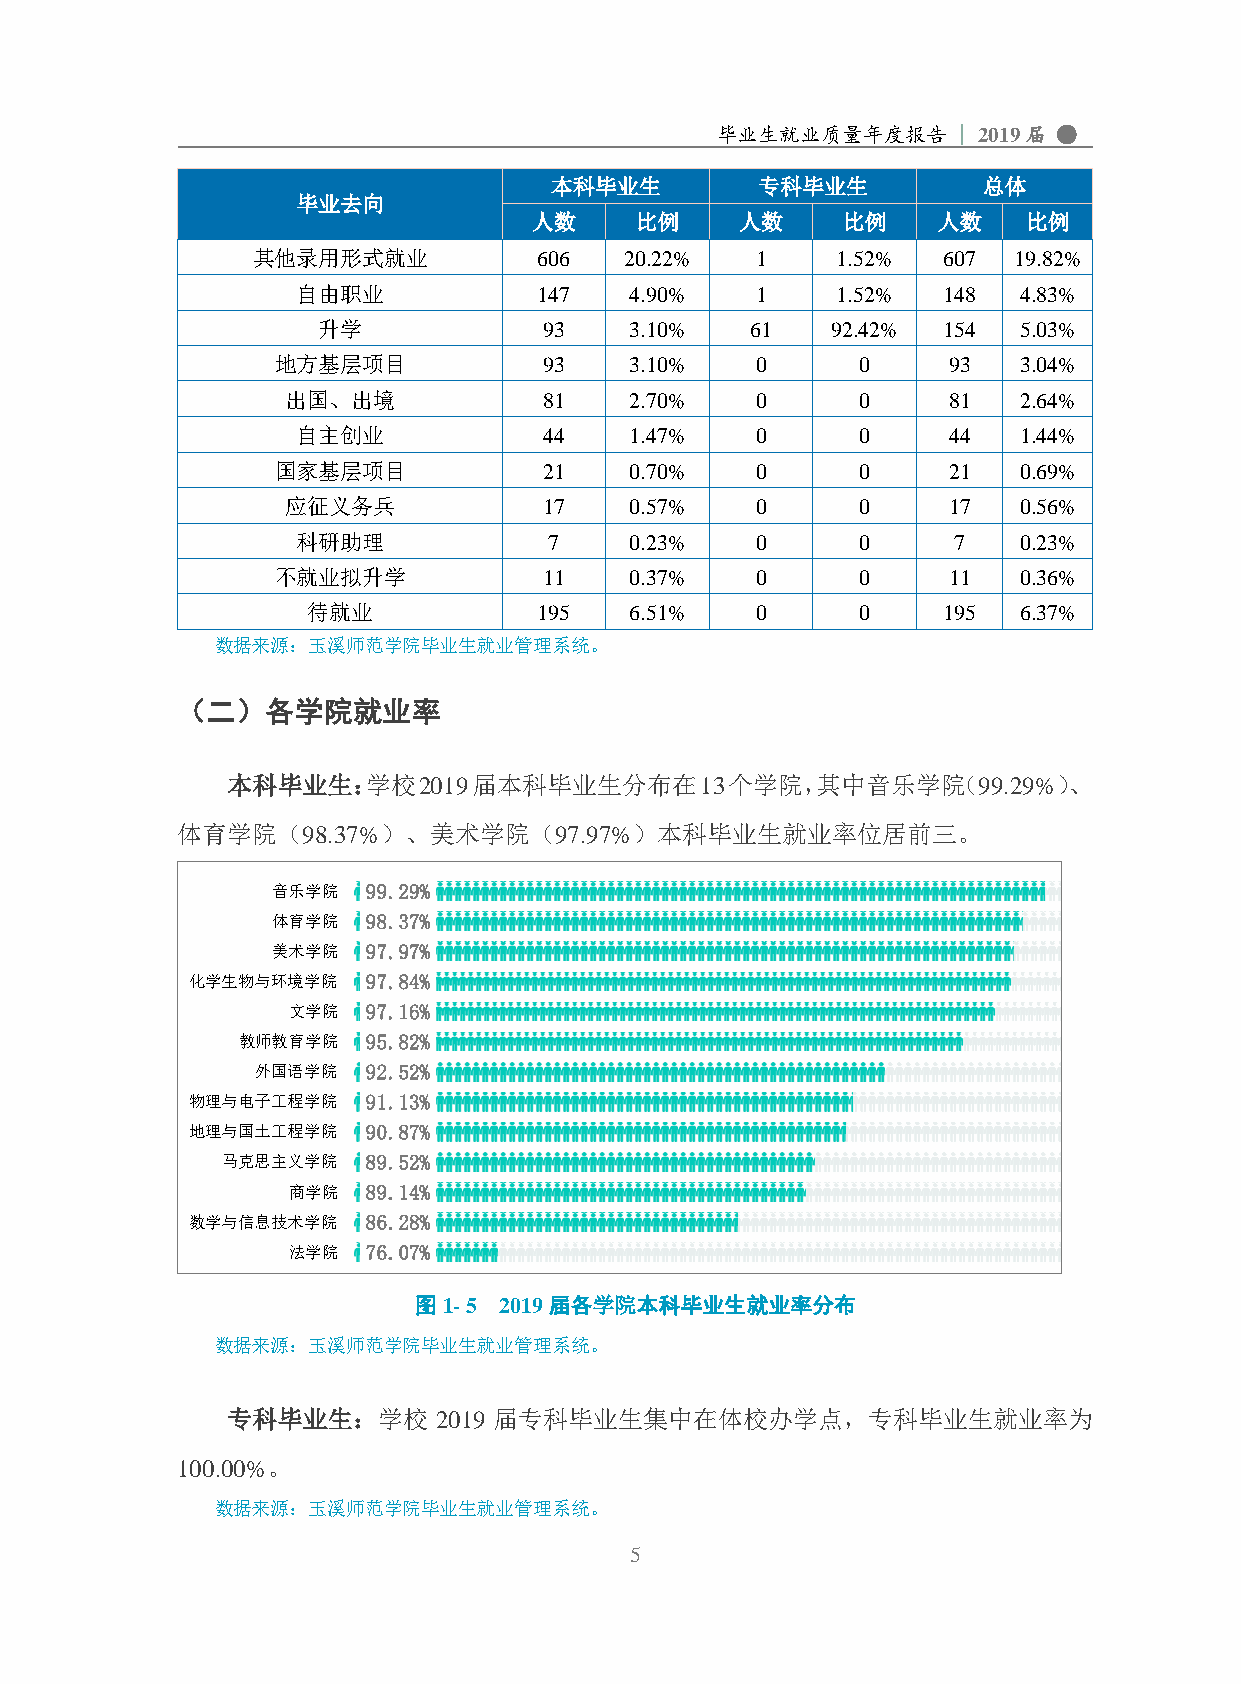
毕业生就业质量年度报告     | 2019届 ●
 本科毕业生         专科毕业生          总体
 毕业去向
 人数     比例     人数     比例    人数    比例
 其他录用形式就业           606  20.22%   1    1.52%  607  19.82%
 自由职业            147   4.90%   1    1.52%  148  4.83%
 升学             93    3.10%   61   92.42% 154  5.03%
 地方基层项目            93    3.10%   0      0     93  3.04%
 出国、出境            81    2.70%   0      0     81  2.64%
 自主创业            44    1.47%   0      0     44  1.44%
 国家基层项目            21    0.70%   0      0     21  0.69%
 应征义务兵            17    0.57%   0      0     17  0.56%
 科研助理            7     0.23%   0      0     7   0.23%
 不就业拟升学            11    0.37%   0      0     11  0.36%
 待就业             195   6.51%   0      0    195  6.37%
 数据来源：玉溪师范学院毕业生就业管理系统。
 （二）各学院就业率
 本科毕业生：学校2019届本科毕业生分布在13个学院，其中音乐学院（99.29%）、
 体育学院（98.37%）、美术学院（97.97%）本科毕业生就业率位居前三。
 音乐学院  99.29%
 体育学院  98.37%
 美术学院  97.97%
 化学生物与环境学院  97.84%
 文学院  97.16%
 教师教育学院  95.82%
 外国语学院  92.52%
 物理与电子工程学院  91.13%
 地理与国土工程学院  90.87%
 马克思主义学院  89.52%
 商学院  89.14%
 数学与信息技术学院  86.28%
 法学院  76.07%
 图1- 5 2019届各学院本科毕业生就业率分布
 数据来源：玉溪师范学院毕业生就业管理系统。
 专科毕业生：学校      2019 届专科毕业生集中在体校办学点，专科毕业生就业率为
 100.00%。
 数据来源：玉溪师范学院毕业生就业管理系统。
 5